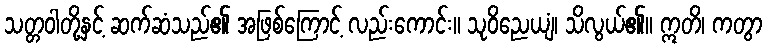
သတ္တဝါတို့နှင့် ဆက်ဆံသည်၏ အဖြစ်ကြောင့် လည်းကောင်း။ သုဝိညေယျံ၊ သိလွယ်၏။ ဣတိ၊ ကတွာ